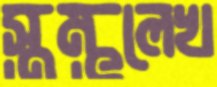
স্তম্ভলেখ